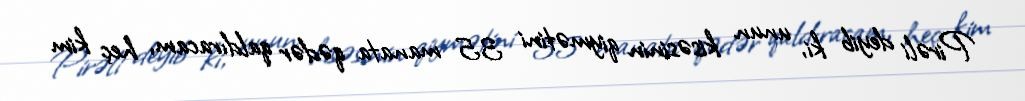
Pirəli deyib ki, unun kisəsinin qiymətini 35 manata qədər qaldıracam, heç kim